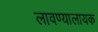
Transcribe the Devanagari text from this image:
लावण्यालायक